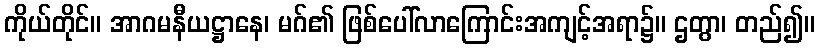
ကိုယ်တိုင်။ အာဂမနီယဋ္ဌာနေ၊ မဂ်၏ ဖြစ်ပေါ်လာကြောင်းအကျင့်အရာ၌။ ဌတွာ၊ တည်၍။